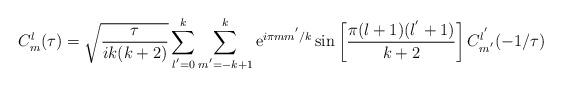
LaTeX: \begin{align*}C^{l}_{m}(\tau)=\sqrt{\frac{\tau}{ik(k+2)}}\sum_{l^{'}=0}^{k}\sum_{m^{'}=-k+1}^{k}{\rm e}^{i\pi mm^{'}/k}\sin\left[\frac{\pi(l+1)(l^{'}+1)}{k+2}\right]C^{l^{'}}_{m^{'}}(-1/\tau)\end{align*}